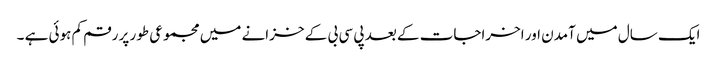
ایک سال میں آمدن اور اخراجات کے بعد پی سی بی کے خزانے میں مجموعی طور پر رقم کم ہوئی ہے ۔